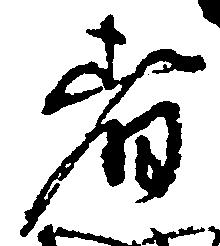
者